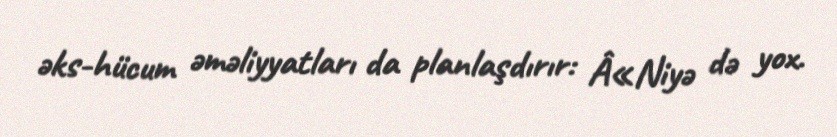
əks-hücum əməliyyatları da planlaşdırır: Â«Niyə də yox.